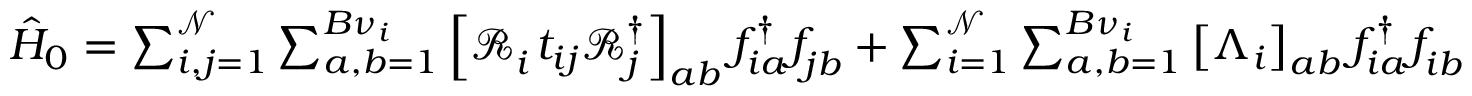
\begin{array} { r } { \hat { H } _ { 0 } = \sum _ { i , j = 1 } ^ { \mathcal { N } } \sum _ { a , b = 1 } ^ { B { \nu } _ { i } } \left[ \mathcal { R } _ { i } ^ { \phantom { \dagger } } t _ { i j } \mathcal { R } _ { j } ^ { \dagger } \right] _ { a b } f _ { i a } ^ { \dagger } f _ { j b } ^ { \phantom { \dagger } } + \sum _ { i = 1 } ^ { \mathcal { N } } \sum _ { a , b = 1 } ^ { B { \nu } _ { i } } \left[ \Lambda _ { i } \right] _ { a b } f _ { i a } ^ { \dagger } f _ { i b } ^ { \phantom { \dagger } } } \end{array}